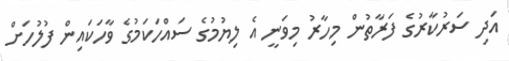
އަދި ސަރުކާރުގެ ފަރާތުން މިހާރު މިވަނީ އެ ލިޔުމުގެ ސައްހަކަމުގެ ވާހަކައިން ފުލުހަށް